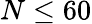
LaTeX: N\leq 60